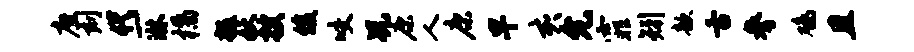
座刻代一淋橘掇妖搜俊咬况康人康早亥允霏矧歆舌参鸡且